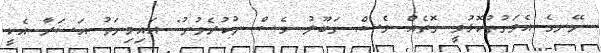
ނޭނގެ އެވަގުތުކޮޅުވީ ގޮތެއް ވެސް. ގަބޫލު ވެސް ނުކުރެވުނު" އައިމިނަތު އަސަރާ އެކީ